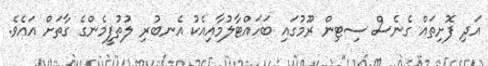
އަދި ފޮށިތައް ގެނެސް ސިޓިން ރޫމުގައި ބަހައްޓާލުމާއިއެކު އެނބުރި ލުތުފީމެންގެ ގާތަށް އައެވެ.